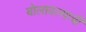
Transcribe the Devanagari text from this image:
बोलावल्याची